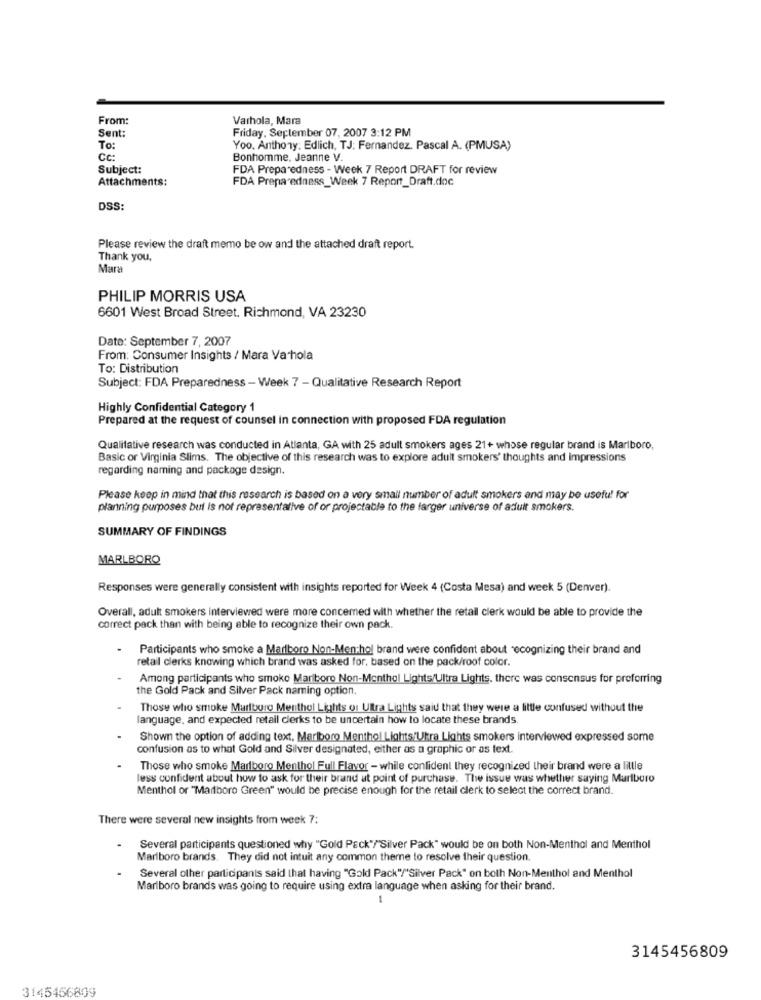
From:
Varhola, Mara
Sent:
Friday, September 07, 2007 3:12 PM
To:
Yoo. Anthony: Edlich, TJ: Fernandez. Pascal A. (PMUSA)
Cc:
Bonhomme. Jeanne V.
Subject:
FDA Preparedness - Week 7 Report DRAFT for review
Attachments:
FDA Preparedness_Week 7 Report_Draft.doc
DSS:
Please review the draft memo be ow and the attached draft report.
Thank you.
Mara
PHILIP MORRIS USA
6601 West Broad Street. Richmond, VA 23230
Date: September 7, 2007
From: Consumer Insights / Mara Va hola
To: Distribution
Subject: FDA Preparedness - Week 7 - Qualitative Research Report
Highly Confidential Category 1
Prepared at the request of counsel in connection with proposed FDA regulation
Qualitative research was conducted in Atlanta, GA with 25 adult smokers ages 21+ whose regular brand is Marlboro,
Basic or Virginia Slims. The objective of this research was to explore adult smokers' thoughts and impressions
regarding naming and package design.
Please keep in mind that this research is based on a very small number of adult smokers and may be useful for
planning purposes but is not representative of or projectable to the farger universe of adult smokers.
SUMMARY OF FINDINGS
MARLBORO
Responses were generally consistent with insights reported for Week 4 (Costa Mesa) and week 5 (Denver).
Overall, adult smokers interviewed were more concemed with whether the retail clerk would be able to provide the
correct pack than with being able to recognize their own pack.
Participants who smoke a Marlboro Non-Menthol brand were confident about recognizing their brand and
retail clerks knowing which brand was asked for, based on the pack/roof color.
Among participants who smoke Marlboro Non-Menthol Lights/Ultra Lights. there was consensus for preferring
the Gold Pack and Silver Pack naming option.
Those who smoke Marlboro Menthol Lights or Ultra Lights said that they were a little confused without the
language, and expected retail clerks to be uncertain how to locate these brands
Shown the option of adding text. Marlboro Menthol Lights/Utra Lights smokers interviewed expressed some
confusion as to what Gold and Silver designated, either as a graphic or as text.
Those who smoke Marlboro Menthol Full Flavor - while confident they recognized their brand were a little
less confident about how to ask for their brand at point of purchase. The issue was whether saying Marlboro
Menthol or "Marlboro Green" would be precise enough for the retail clerk to select the correct brand.
There were several new insights from week 7:
Several participants questioned why "Gold Pack"/"Silver Pack" would be on both Non-Menthol and Menthol
Marlboro brands. They did not intuit any common theme to resolve their question.
Several other participants said that having "Gold Pack"/"Silver Pack" on both Non-Menthol and Menthol
Marlboro brands was going to require using extra language when asking for their brand.
1
3145456809
3145456809